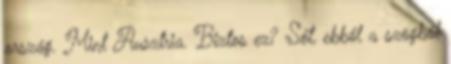
ország. Mint Ausztria. Biztos ez? Sőt, ebből a szögből